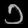
Digit: ၁